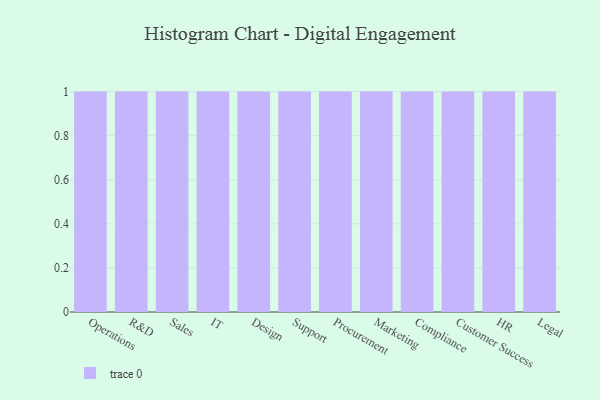
{"axis": {"x": "Department", "y": "Latency (ms)"}, "legend": [""], "data": [{"x": "Operations", "y": 20, "type": ""}, {"x": "R&D", "y": 99, "type": ""}, {"x": "Sales", "y": 65, "type": ""}, {"x": "IT", "y": 56, "type": ""}, {"x": "Design", "y": 60, "type": ""}, {"x": "Support", "y": 15, "type": ""}, {"x": "Procurement", "y": 11, "type": ""}, {"x": "Marketing", "y": 91, "type": ""}, {"x": "Compliance", "y": 43, "type": ""}, {"x": "Customer Success", "y": 29, "type": ""}, {"x": "HR", "y": 55, "type": ""}, {"x": "Legal", "y": 96, "type": ""}]}